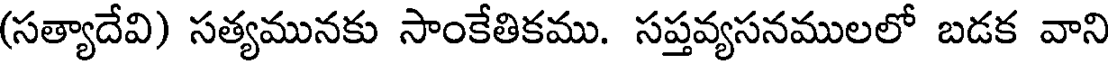
(సత్యాదేవి) సత్యమునకు సాంకేతికము. సప్తవ్యసనములలో బడక వాని